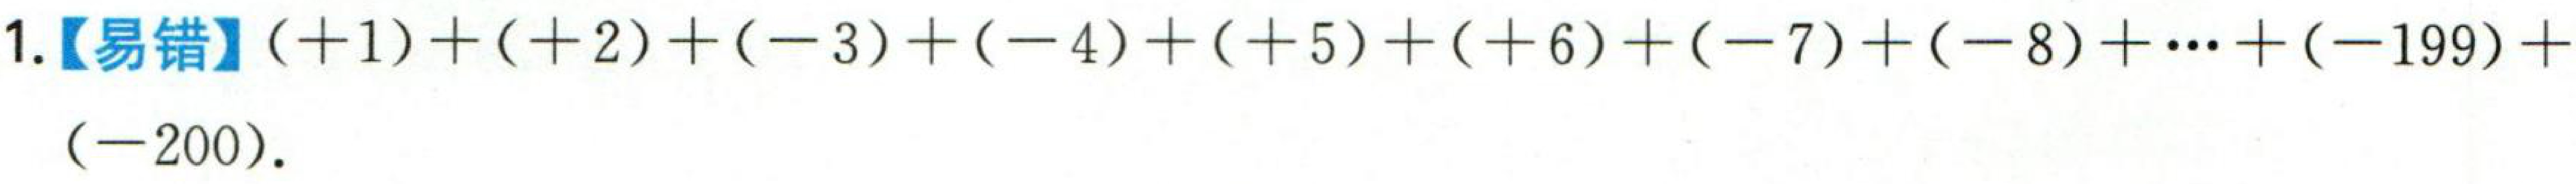
1.【易错】$( + 1)+( + 2)+( - 3)+( - 4)+( + 5)+( + 6)+( - 7)+( - 8)+\cdots+( - 199)+( - 200).$